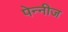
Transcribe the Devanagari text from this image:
पेन्नीज